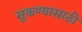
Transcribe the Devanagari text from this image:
सुकण्यासाठी